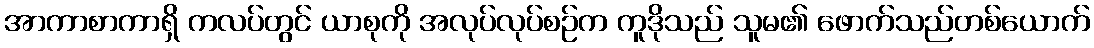
အာကာစာကာရှိ ကလပ်တွင် ယာစုကို အလုပ်လုပ်စဉ်က ကူဒိုသည် သူမ၏ ဖောက်သည်တစ်ယောက်